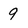
Character: 9